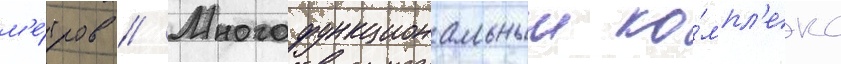
м'е́тров // Многофункциональныи ко́мпл'екс